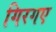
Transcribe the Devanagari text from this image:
गिरगए